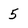
Character: 5